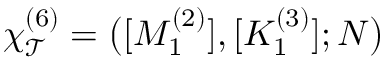
\chi _ { \mathcal { T } } ^ { ( 6 ) } = \big ( [ M _ { 1 } ^ { ( 2 ) } ] , [ K _ { 1 } ^ { ( 3 ) } ] ; N \big )